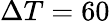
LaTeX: \Delta T=60